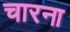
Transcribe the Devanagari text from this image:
चारना